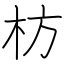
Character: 枋